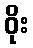
ဝိုး